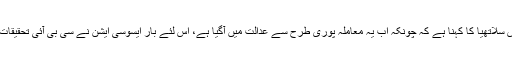
ایسوسی ایشن کے صدر ایڈوکیٹ بی ایس سلاتھیا کا کہنا ہے کہ چونکہ اب یہ معاملہ پوری طرح سے عدالت میں آگیا ہے، اس لئے بار ایسوسی ایشن نے سی بی آئی تحقیقات کا مطالبہ واپس لینے کا فیصلہ لیا ہے۔